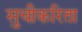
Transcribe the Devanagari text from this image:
सुचीकरिता